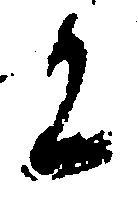
に